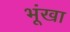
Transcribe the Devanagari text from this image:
भूंखा